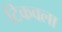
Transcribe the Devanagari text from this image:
टिकवला